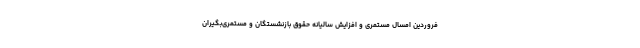
فروردین امسال مستمری و افزایش سالیانه حقوق بازنشستگان و مستمری‌بگیران